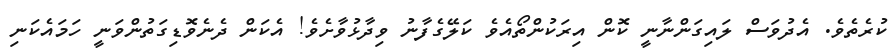
ކުރެތެވެ. އެދުވަސް ލައިގަންނާނީ ކޮން އިރަކުންތޯއެވެ ކަލޭގެފާނު ވިދާޅުވާށެވެ! އެކަން ދެނެވޮޑިގަތުންވަނީ ހަމައެކަނި